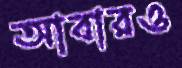
আবারও